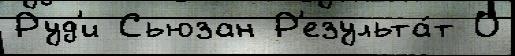
Руд'и Сьюзан Р'езульта́т О